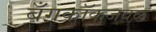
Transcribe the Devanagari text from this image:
बँगकॉकजवळ